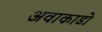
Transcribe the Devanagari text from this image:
अवाकाडो